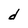
Character: d